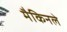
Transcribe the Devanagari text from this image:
मैकिनले